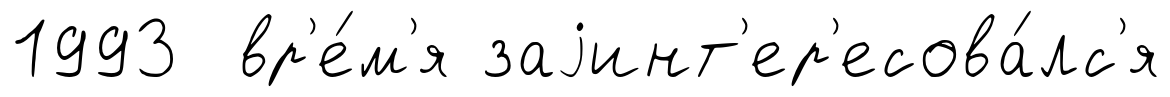
1993 вр'е́м'я заjинт'ер'есова́лс'я